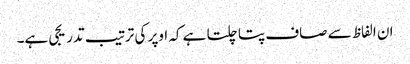
ان الفاظ سے صاف پتا چلتا ہے کہ اوپر کی ترتیب تدریجی ہے۔